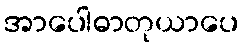
အာပေါဓာတုယာပေ